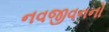
નવજીવનનો